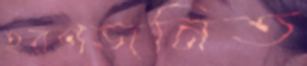
হরণজনিত